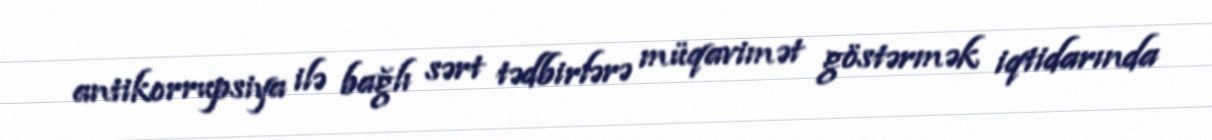
antikorrupsiya ilə bağlı sərt tədbirlərə müqavimət göstərmək iqtidarında